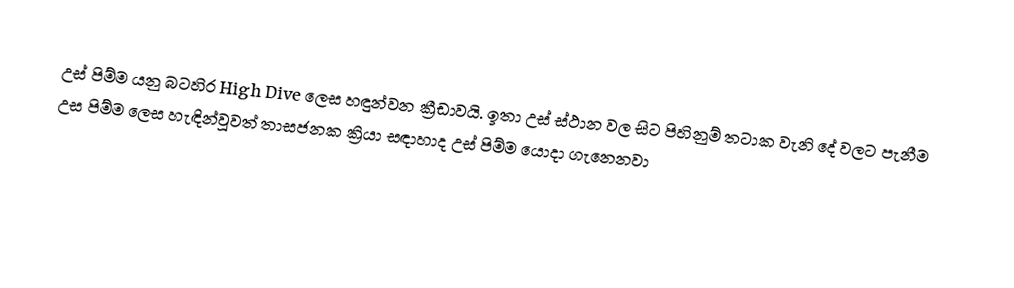
උස් පිම්ම යනු බටහිර High Dive ලෙස හඳුන්වන ක්‍රීඩාවයි. ඉතා උස්  ස්ථාන වල සිට පිහිනුම් තටාක වැනි  දේ වලට පැනීම උස පිම්ම ලෙස හැඳින්වූවත් තාසජනක ක්‍රියා සඳාහාද උස්  පිම්ම යොදා ගැනෙනවා